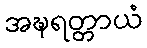
အဍ္ဎရတ္တာယံ